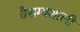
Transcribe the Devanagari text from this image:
वैराग्यशाली